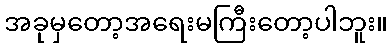
အခုမှတော့အရေးမကြီးတော့ပါဘူး။